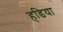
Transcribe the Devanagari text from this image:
हडिया